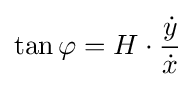
\tan \varphi =H\cdot {\frac {\dot {y}}{\dot {x}}}